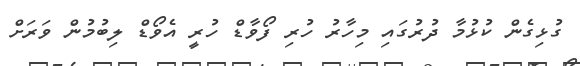
ގުޅިގެން ކުޅުމާ ދުރުގައި މިހާރު ހުރި ފޯވާޑް ހުރީ އެވޯޑް ލިބުމުން ވަރަށް